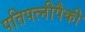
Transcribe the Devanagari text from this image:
पतिपत्‍नीपैकी